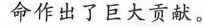
命作出了巨大贡献。